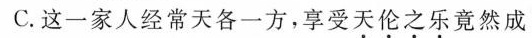
C.这一家人经常天各一方，享受天伦之乐竟然成